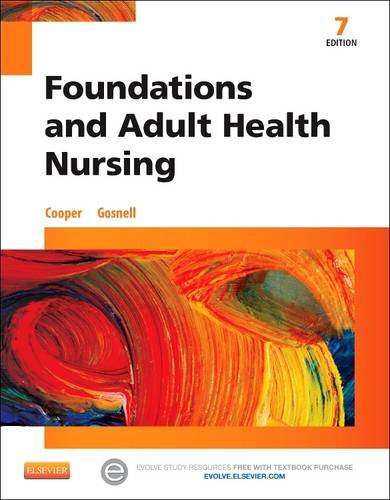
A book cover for Foundations and Adult Health Nursing, 7e; Kim Cooper RN  MSN; Medical Books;